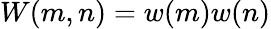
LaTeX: W(m,n)=w(m)w(n)